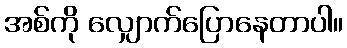
အစ်ကို လျှောက်ပြောနေတာပါ။